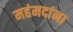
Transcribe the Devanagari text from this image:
महंमदांना